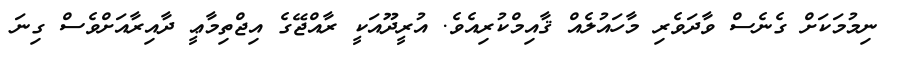
ނިމުމަކަށް ގެނެސް ވާދަވެރި މާހައުލެއް ޤާއިމްކުރިއެވެ. އުރީދޫއަކީ ރާއްޖޭގެ އިޖްތިމާޢީ ދާއިރާއަށްވެސް ގިނަ